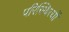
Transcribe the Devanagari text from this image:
परिस्थित्यों